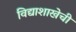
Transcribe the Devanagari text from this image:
विद्याशाखेची